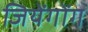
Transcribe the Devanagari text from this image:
जियेंगोंग